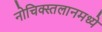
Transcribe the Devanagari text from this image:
नोचिक्स्तलानमध्ये